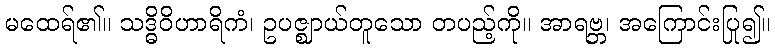
မထေရ်၏။ သဒ္ဓိဝိဟာရိကံ၊ ဥပဇ္ဈာယ်တူသော တပည့်ကို။ အာရဗ္ဘ၊ အကြောင်းပြု၍။